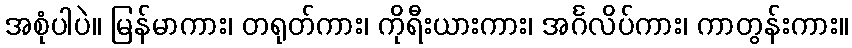
အစုံပါပဲ။ မြန်မာကား၊ တရုတ်ကား၊ ကိုရီးယားကား၊ အင်္ဂလိပ်ကား၊ ကာတွန်းကား။